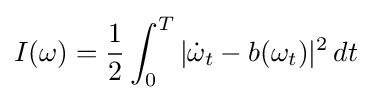
I(\omega )={\frac {1}{2}}\int _{0}^{T}|{\dot {\omega }}_{t}-b(\omega _{t})|^{2}\,dt